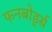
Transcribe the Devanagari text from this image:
फनबोर्ड्स